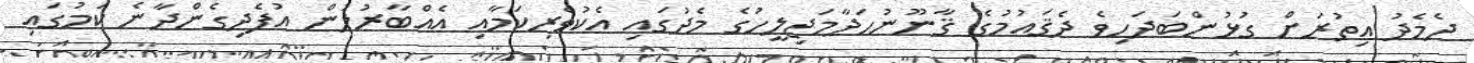
ދެމެދު އިތުރަށް ގުޅުންބަދަހިވެ ދެޤައުމުގެ ޤާނޫނުހަދާމަޖިލީހުގެ މެދުގައި އެކުވެރިކަމާއި އެއްބާރުލުން އުފެދިގެންދާނެ ކަމުގައި